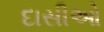
દાસીઓ